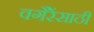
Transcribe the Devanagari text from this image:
वगैरेंसाठी